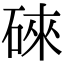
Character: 䂾